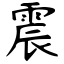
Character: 震